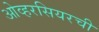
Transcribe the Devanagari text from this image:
ओव्हरसियरची